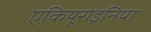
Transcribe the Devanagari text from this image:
एकियूरोइनिया